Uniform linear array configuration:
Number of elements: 32
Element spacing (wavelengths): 0.25
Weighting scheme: exponential
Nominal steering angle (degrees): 15
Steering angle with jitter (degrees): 14.02
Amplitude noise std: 0.05
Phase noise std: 0.05

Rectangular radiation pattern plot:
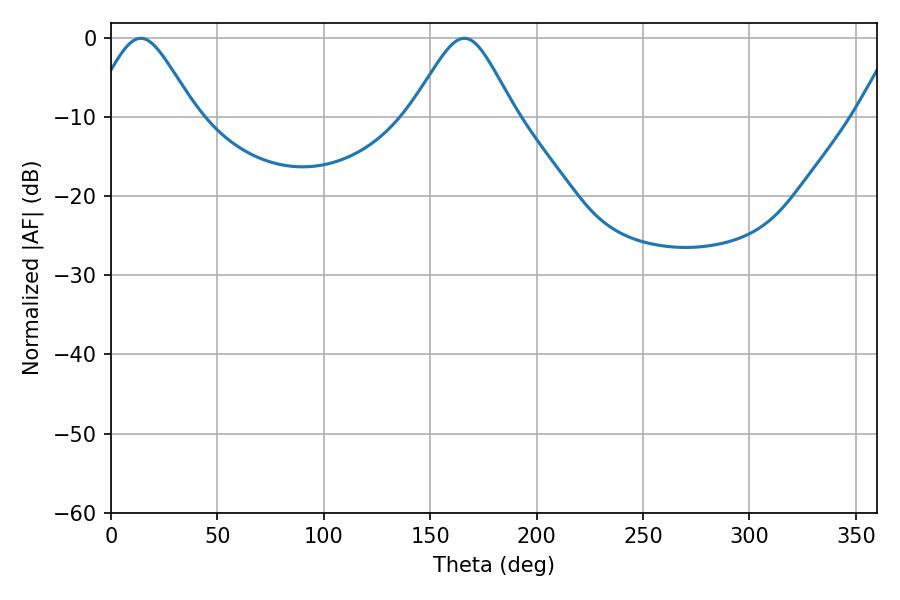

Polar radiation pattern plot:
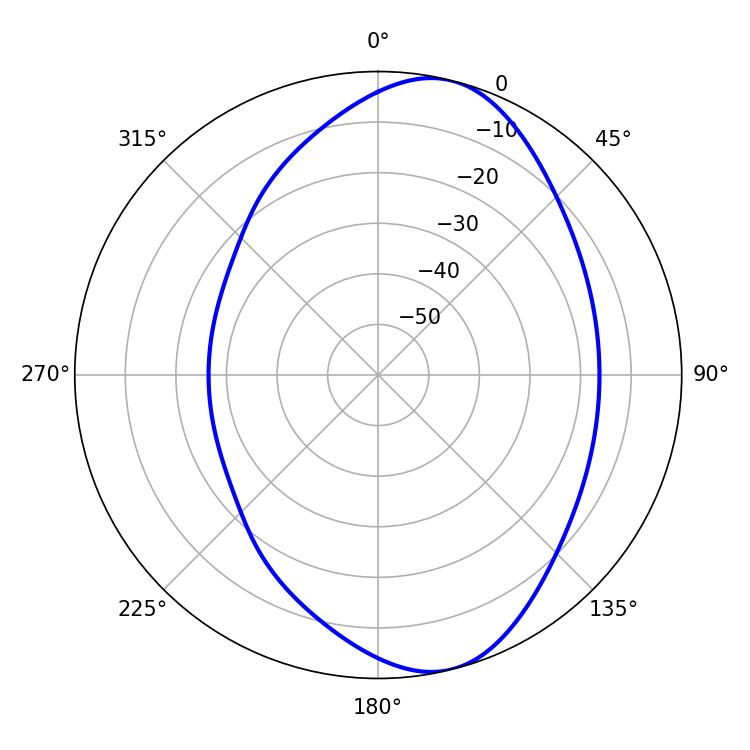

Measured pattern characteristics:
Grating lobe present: FALSE
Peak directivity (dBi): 8.581
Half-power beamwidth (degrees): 23.94
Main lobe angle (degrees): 14.04